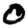
Digit: 0